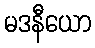
မဒနီယော